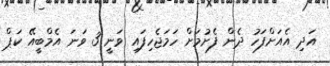
އަދި އެއަށްފަހު ދެން ފެށުމަށް ހަމަޖެހިފައި ވަނީ 3 ވަނަ އެމްބީއޭ ކަޕް